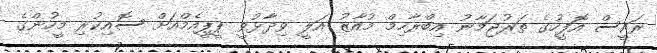
ރައީސް އޮފީހުގެ ތަރުޖަމާނު އިބްރާހިމް މުއާޒު އަލީ ވިދާޅުވީ ޕީޕީއެމްއަށް ސޮއިކުރި މީހުންގެ